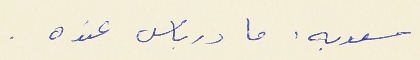
سعديه : ما درباس عنده .